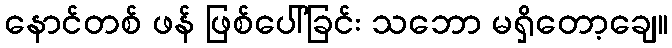
နောင်တစ် ဖန် ဖြစ်ပေါ်ခြင်း သဘော မရှိတော့ချေ။